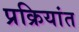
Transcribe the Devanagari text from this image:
प्रक्रियांत